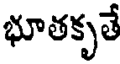
భూతకృతే